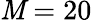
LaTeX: \mathit{M}=20